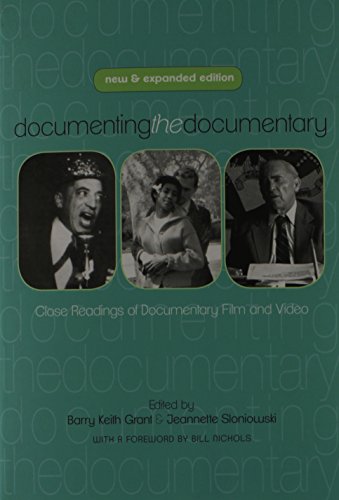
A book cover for Documenting the Documentary: Close Readings of Documentary Film and Video, New and Expanded Edition (Contemporary Approaches to Film and Media Series); Humor & Entertainment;